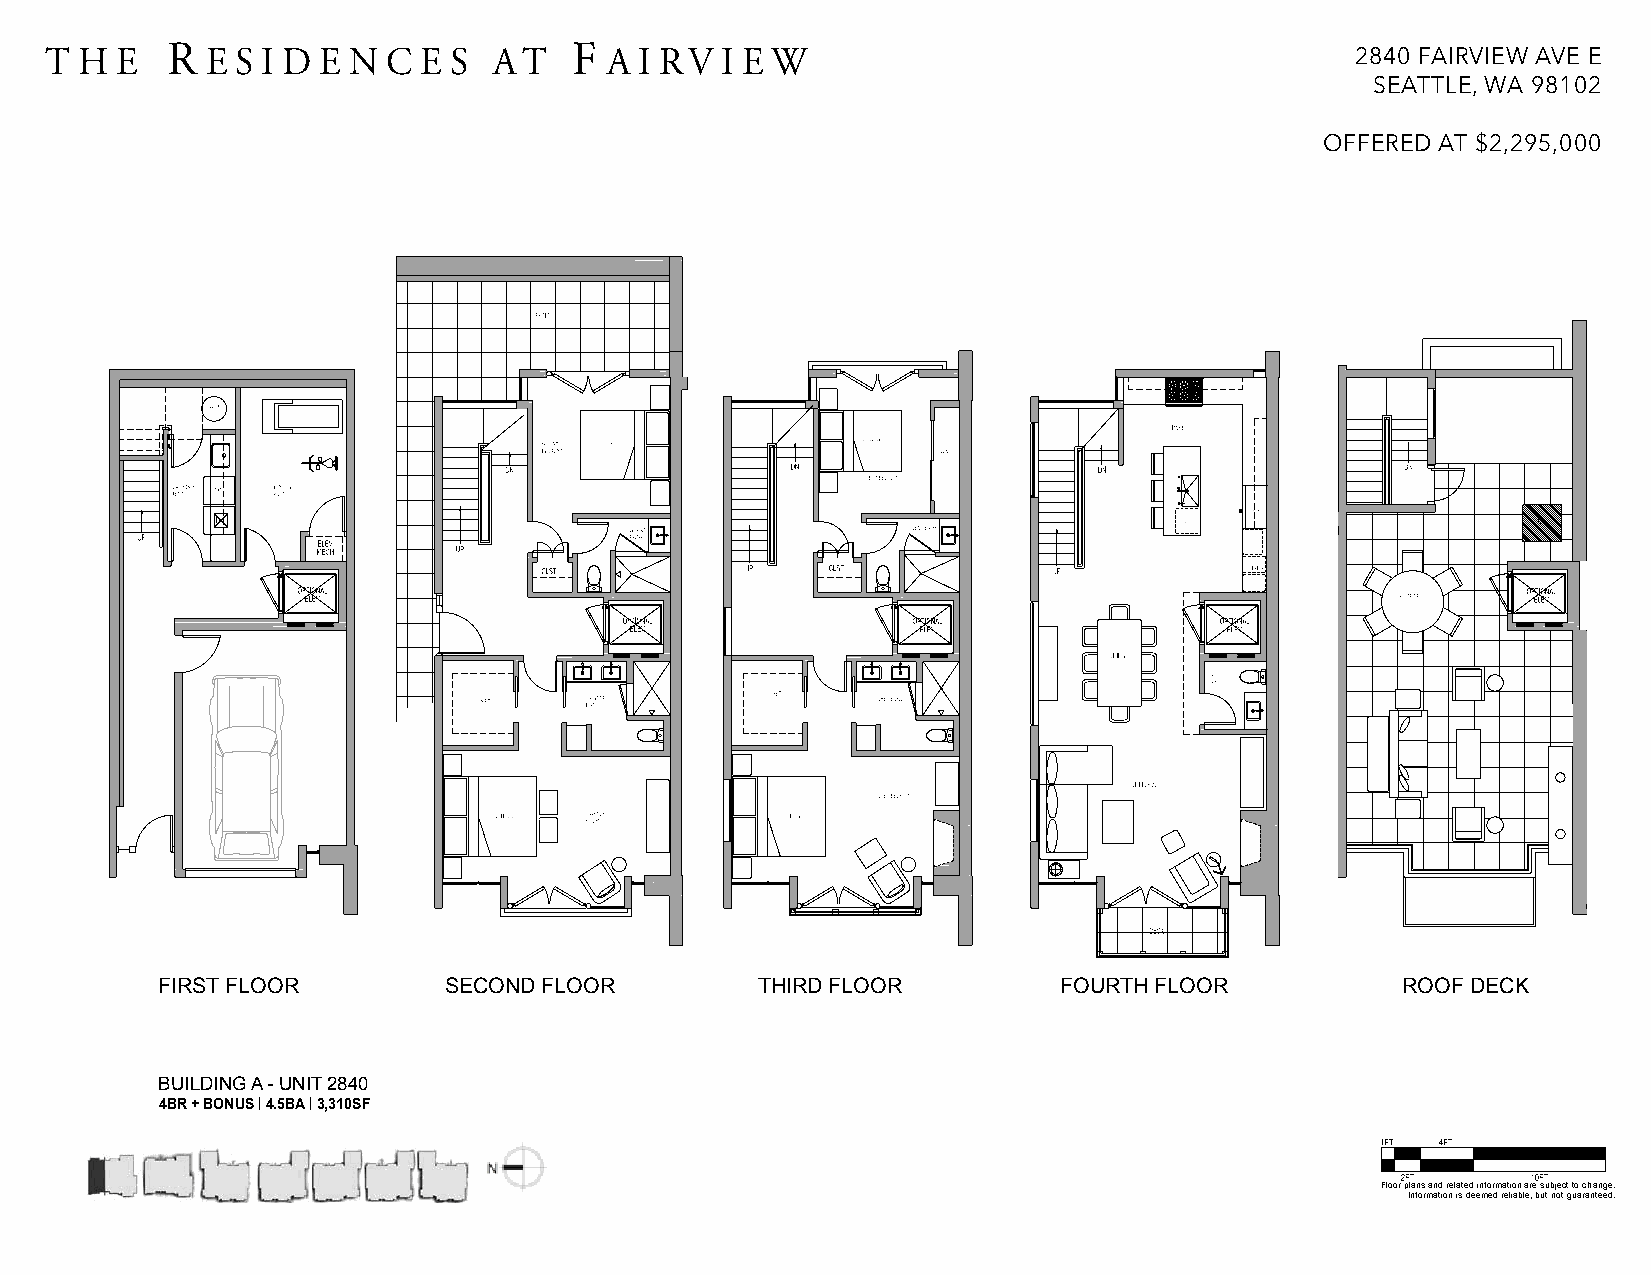
T H  E  R  E S I D E N C E S  AT   F A I RV  I E W                                     2840 FAIRVIEW AVE E
 SEATTLE, WA 98102
 OFFERED AT $2,295,000
 FIRST FLOOR        SECOND FLOOR         THIRD FLOOR         FOURTH FLOOR           ROOF DECK
 BUILDING A - UNIT 2840
 4BR + BONUS | 4.5BA | 3,310SF
 Floor plans and related information are subject to change.
 Information is deemed reliable, but not guaranteed.